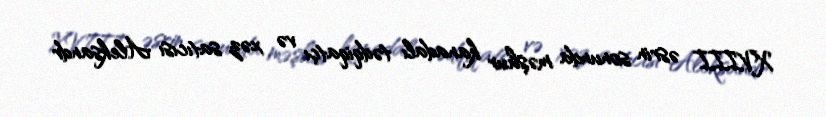
XVIII əsrin sonunda məşhur kanadalı tədqiqatçı və xəz satıcısı Aleksandr